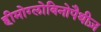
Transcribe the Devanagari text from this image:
हीमोग्लोबिनोपैथीज़